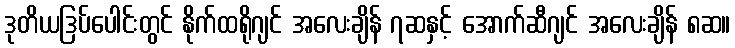
ဒုတိယဒြပ်ပေါင်းတွင် နိုက်ထရိုဂျင် အလေးချိန် ၇ဆနှင့် အောက်ဆီဂျင် အလေးချိန် ၈ဆ။